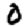
Digit: 0